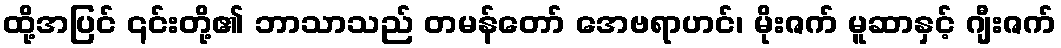
ထို့အပြင် ၎င်းတို့၏ ဘာသာသည် တမန်တော် အေဗရာဟင်၊ မိုးဇက် မူဆာနှင့် ဂျီးဇက်